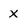
Character: X